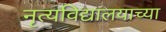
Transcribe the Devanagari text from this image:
नृत्यविद्यालयाच्या